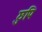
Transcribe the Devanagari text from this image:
छुपि